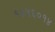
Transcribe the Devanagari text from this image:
१४५६०१४